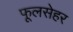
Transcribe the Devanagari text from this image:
फूलसेहर